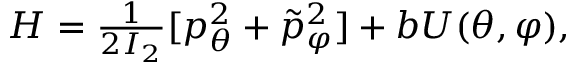
\begin{array} { r } { H = \frac { 1 } { 2 I _ { 2 } } [ p _ { \theta } ^ { 2 } + \tilde { p } _ { \varphi } ^ { 2 } ] + b U ( \theta , \varphi ) , } \end{array}